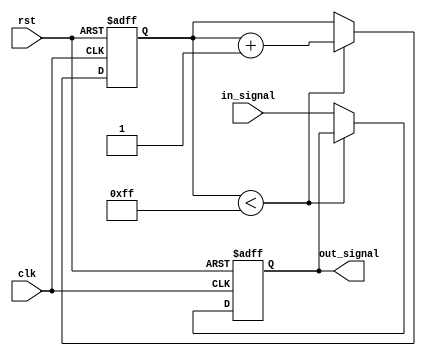
module rc_delay (
    input wire clk, // clock signal
    input wire rst, // reset signal
    input wire in_signal, // input signal
    output reg out_signal // output signal with delay
);

reg [7:0] delay_counter = 8'd0; // counter for delay

always @(posedge clk or posedge rst) begin
    if (rst) begin
        delay_counter <= 8'd0;
        out_signal <= 1'b0; // reset output signal
    end else begin
        if (delay_counter < 8'd255) begin
            delay_counter <= delay_counter + 8'd1;
        end else begin
            out_signal <= in_signal; // output signal equals input signal after delay
        end
    end
end

endmodule